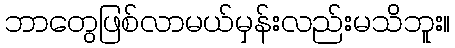
ဘာတွေဖြစ်လာမယ်မှန်းလည်းမသိဘူး။